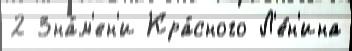
2 Зна́м'ен'и Кра́сного Л'е́н'ина